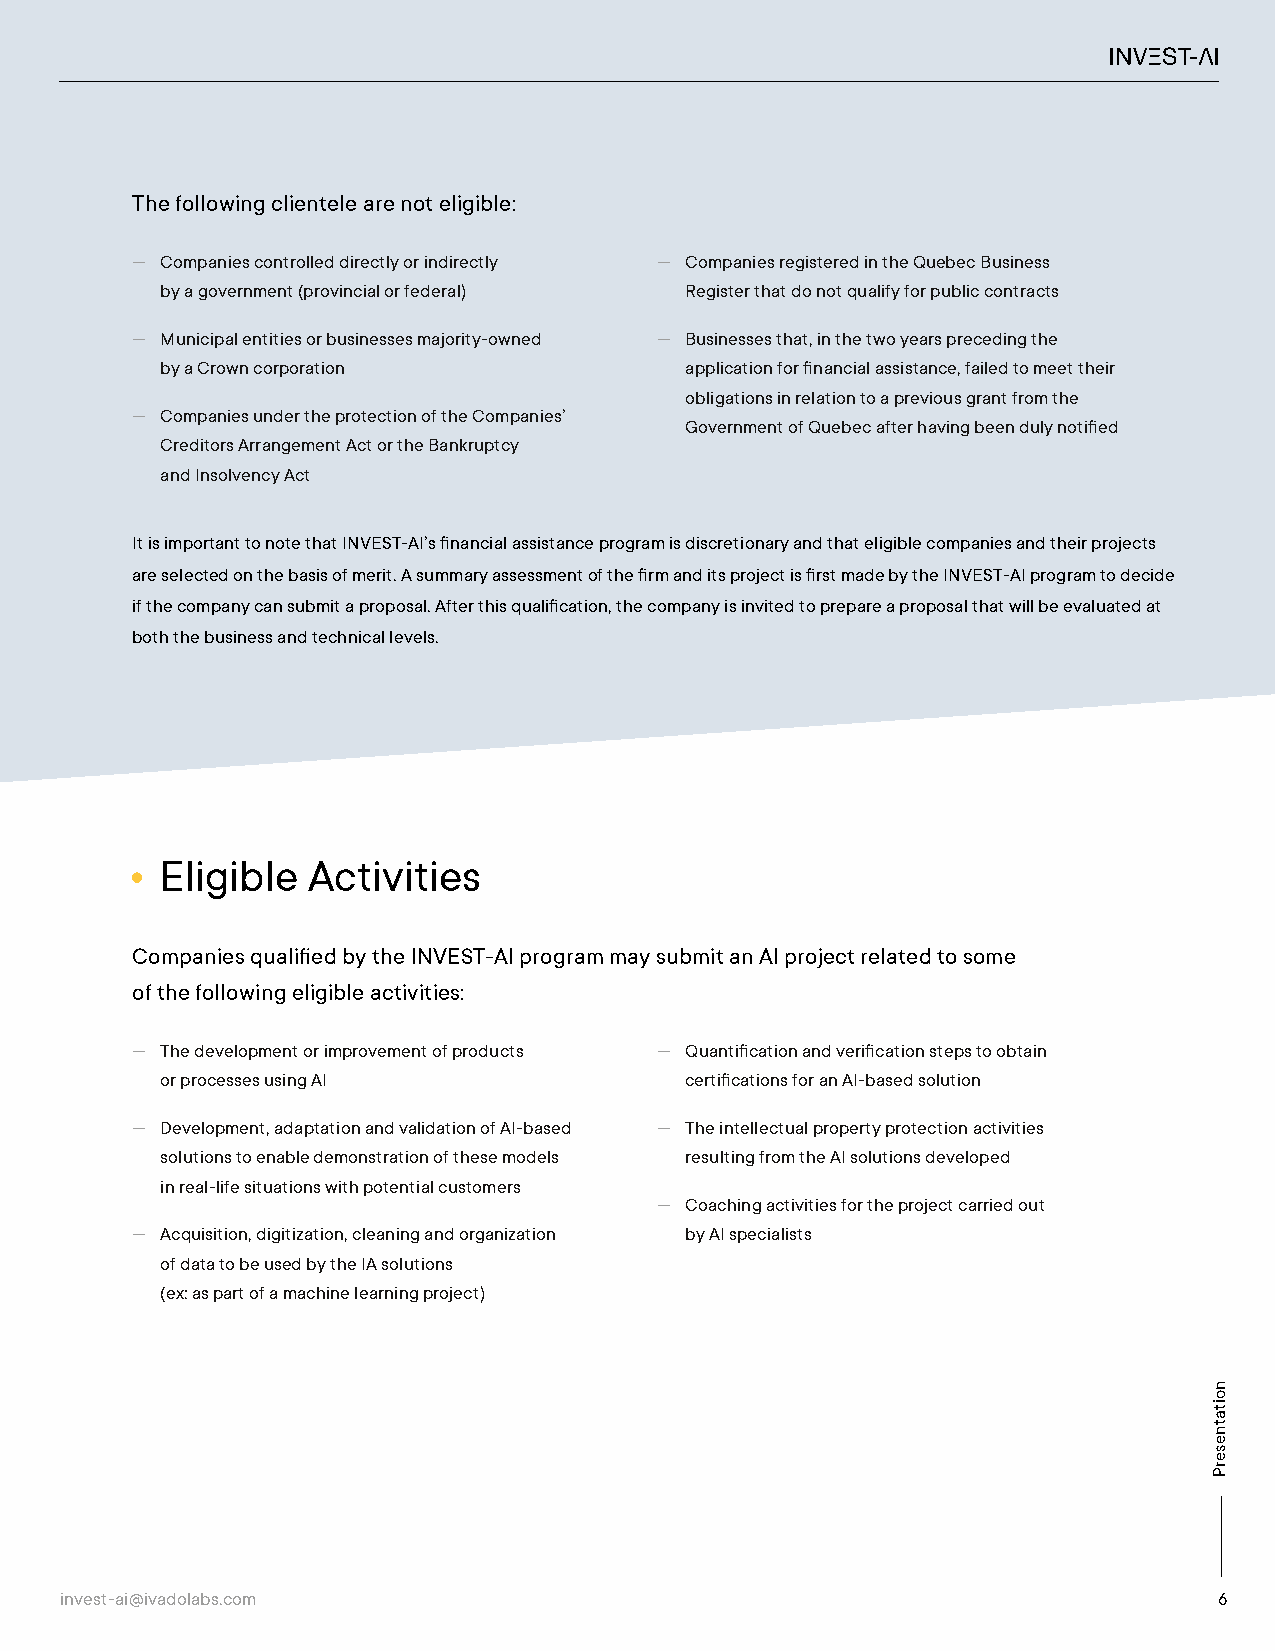
The following clientele are not eligible:
 — Companies controlled directly or indirectly — Companies registered in the Quebec Business
 by a government (provincial or federal) Register that do not qualify for public contracts
 — Municipal entities or businesses majority-owned — Businesses that, in the two years preceding the
 by a Crown corporation            application for financial assistance, failed to meet their
 obligations in relation to a previous grant from the
 — Companies under the protection of the Companies’
 Government of Quebec after having been duly notified
 Creditors Arrangement Act or the Bankruptcy
 and Insolvency Act
 It is important to note that INVEST-AI’s financial assistance program is discretionary and that eligible companies and their projects
 are selected on the basis of merit. A summary assessment of the firm and its project is first made by the INVEST-AI program to decide
 if the company can submit a proposal. After this qualification, the company is invited to prepare a proposal that will be evaluated at
 both the business and technical levels.
 Eligible Activities
 Companies qualified by the INVEST-AI program may submit an AI project related to some
 of the following eligible activities:
 — The development or improvement of products — Quantification and verification steps to obtain
 or processes using AI             certifications for an AI-based solution
 — Development, adaptation and validation of AI-based — The intellectual property protection activities
 solutions to enable demonstration of these models resulting from the AI solutions developed
 in real-life situations with potential customers
 — Coaching activities for the project carried out
 — Acquisition, digitization, cleaning and organization by AI specialists
 of data to be used by the IA solutions
 (ex: as part of a machine learning project)
 invest-ai@ivadolabs.com                                                      6
 noitatneserP